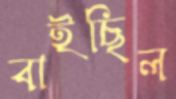
বাইছিল